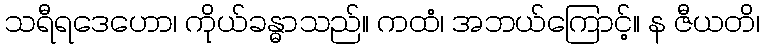
သရီရဒေဟော၊ ကိုယ်ခန္ဓာသည်။ ကထံ၊ အဘယ်ကြောင့်။ န ဇီယတိ၊